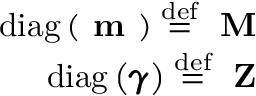
\begin{array} { r } { \mathrm { d i a g } \left( \textbf { m } \right) \stackrel { \mathrm { d e f } } { = } \textbf { M } } \\ { \mathrm { d i a g } \left( \pmb { \gamma } \right) \stackrel { \mathrm { d e f } } { = } \textbf { Z } } \end{array}